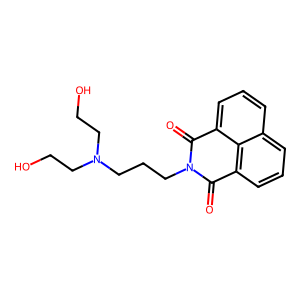
SMILES: O=C1c2cccc3cccc(c23)C(=O)N1CCCN(CCO)CCO
Inhibits HIV replication: No